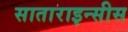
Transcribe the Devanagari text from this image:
साताराइन्सीस